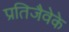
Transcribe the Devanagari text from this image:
प्रतिजैवेके